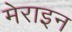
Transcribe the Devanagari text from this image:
मेराइन